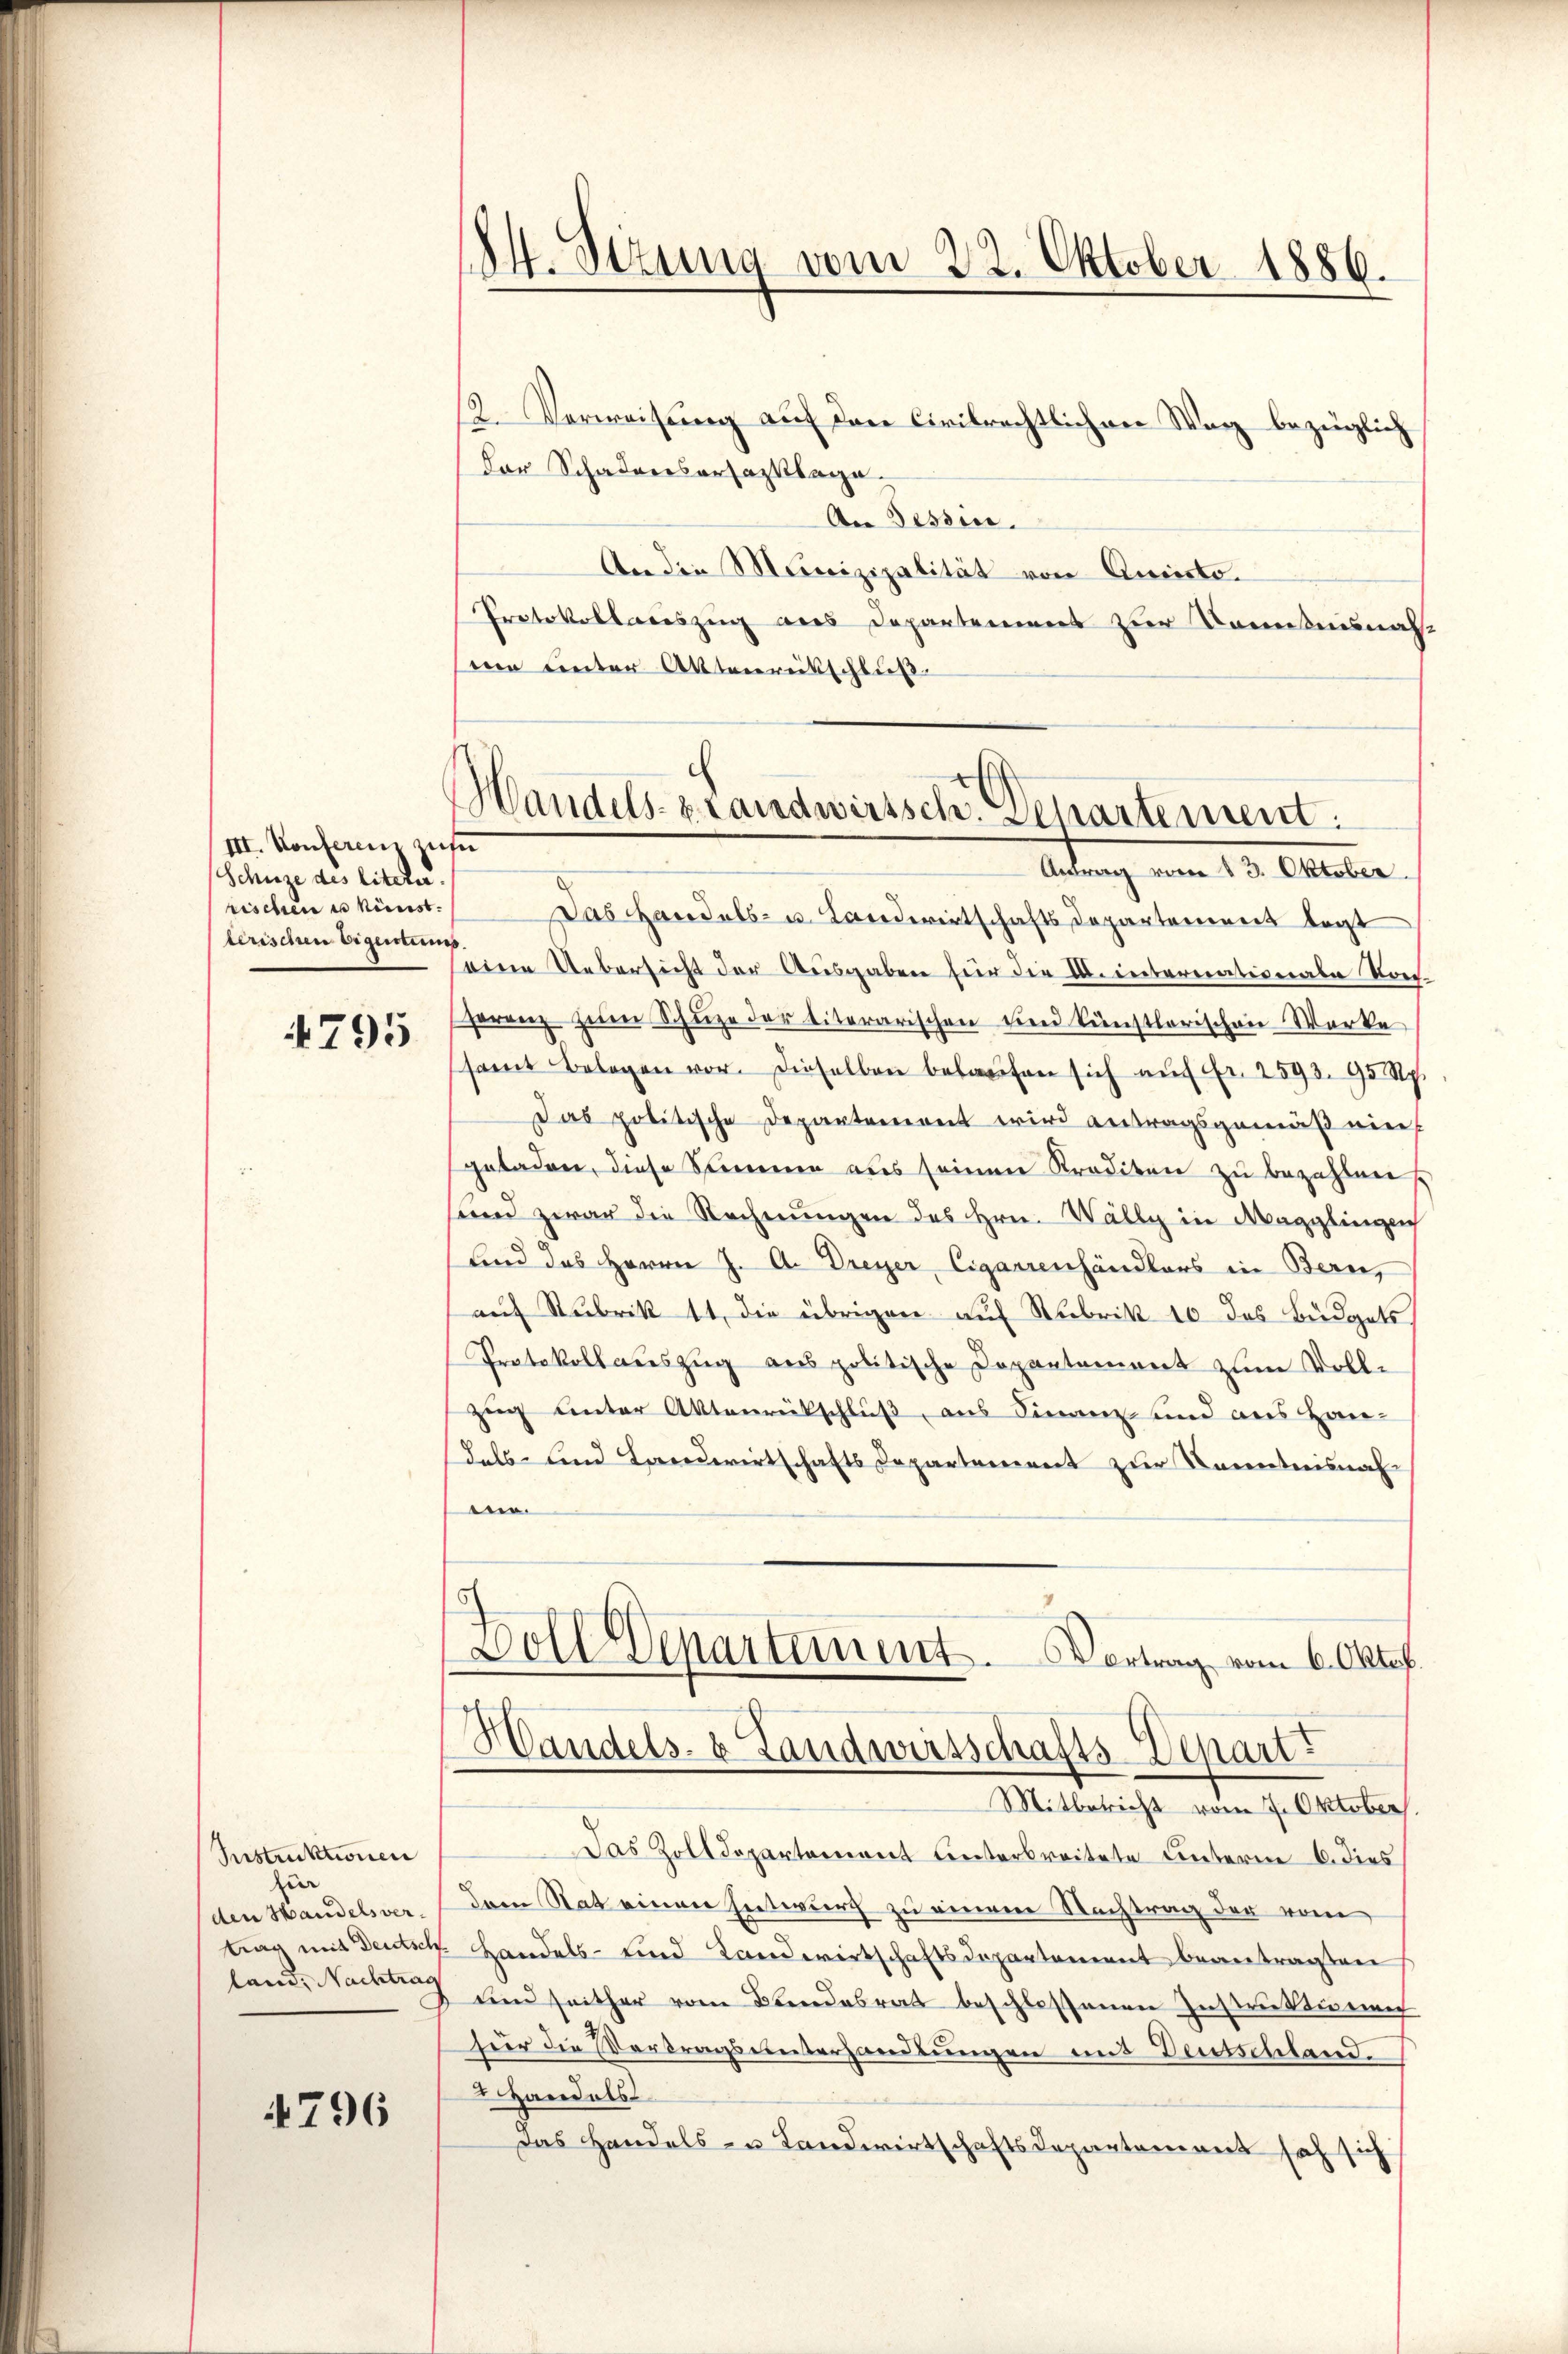
III. Konferenz zusa
Schuze des litern.
rischen u künst
lerischen Eigentums.

795

Instruktionen
für
den Handels verland, Nachtrag

4796

(24. Sizung vom 22. Oktober 1886.

Handels- & Landwirtsch. Departement.

12. Verweisung auf den Civilrechtlichen Weg bezüglich
Der Schadensersatzklage.
An Tessin.
An die Munizipalität von Quisto-
Protokollariszug aus Departement zur Kenntnisnahsine unter Aktenrütschluß
Aitung vom 12. Oktober.
Das Handels- u. Landwirtschafts Departement legt
eine Uebersicht der Ausgaben für die a. internationale Konferenz zŭm Schüze der titerarischen und künstlerischen Werke
samt Belegen vor. Dieselben belaŭfen sich aŭf Fr. 2593. 95 Rp.
Das politische Departement wird antragsgemäβ ein
geladen, diese Summe aus seinen Krediten zu bezahlen.
und zwar die Rechnŭngen des Hrn. Wälly in Magglingen
lind das Herrn J. A. Dreyer, Cigarrenhändlers in Bern,
auf Rubrik 11 die übrigen auf Rubrik 10 das Büdgets,
Protokoll auszug aus politische Dopantement zum Vollzug unter Aktenrückschluß, aus Finanz und aus Han-
dals und Landwirtschafts Departement zur Kenntnisnah
.
Dolldepartement.
Vortrag vom 6. Oktob.
Handels- & Landwirtschafts-Depart
Mitbericht vom 7. Oktobers
Das Zolldepartement unterbreitete Unterm 6. dies
dem Rat einen Entwurf zu einem Nachtrag der vom
trag mit Deutsch Handels- und Landwirtschaftsdepartement beantragten
und seither vom Bundesrat beschlossenen Instruktionen
für die Vertragsunterhandlungen mit Deutschland.
Handels
Das Handels- u Landwirtschaftsdepartement sah sich